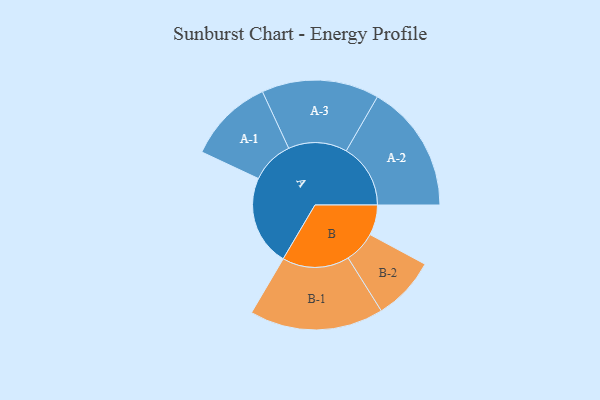
{"axis": {"x": "Segment", "y": "Value"}, "legend": ["", "A", "B"], "data": [{"x": "A", "y": 359, "type": ""}, {"x": "B", "y": 120, "type": ""}, {"x": "A-1", "y": 170, "type": "A"}, {"x": "A-2", "y": 255, "type": "A"}, {"x": "A-3", "y": 233, "type": "A"}, {"x": "B-1", "y": 266, "type": "B"}, {"x": "B-2", "y": 126, "type": "B"}]}